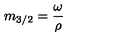
m _ { 3 / 2 } = \frac { \omega } { \rho }